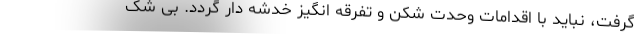
گرفت، نباید با اقدامات وحدت شکن و تفرقه انگیز خدشه دار گردد. بی شک